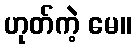
ဟုတ်ကဲ့ မေ။